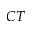
_ { C T }